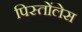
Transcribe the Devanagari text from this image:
पिस्तोंलेस